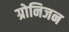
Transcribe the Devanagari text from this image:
ग्रोनिजन